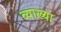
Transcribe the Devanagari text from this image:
व्याख्‍या